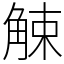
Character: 觫